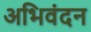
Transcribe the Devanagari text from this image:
अभिवंदन